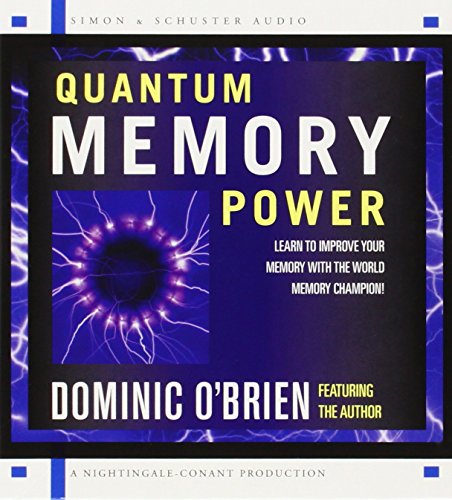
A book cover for Quantum Memory Power: Learn to Improve Your Memory with the World Memory Champion!; Dominic O'Brien; Self-Help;